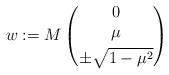
LaTeX: \begin{align*} w:=M\begin{pmatrix} 0 \\ \mu \smallskip\\ \pm\sqrt{1-\mu^2} \end{pmatrix} \end{align*}